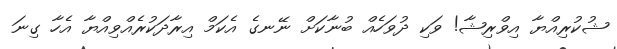
ޝުކުރިއްޔާ އިވްރިޝާ! ވަކި ދުވަހެއް ބުނާކަށް ނޭނގެ އެކަމް އިރާދަކުރެއްވިއްޔާ އެހާ ގިނަ